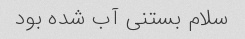
سلام بستنی آب شده بود